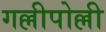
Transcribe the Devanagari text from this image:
गल्लीपोल्ली